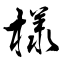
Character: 様